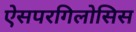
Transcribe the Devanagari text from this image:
ऐसपरगिलोसिस